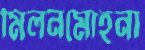
মিলনমোহনা